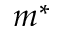
m ^ { * }